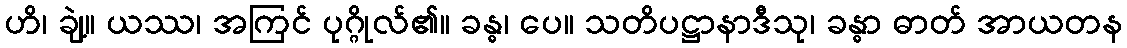
ဟိ၊ ချဲ့။ ယဿ၊ အကြင် ပုဂ္ဂိုလ်၏။ ခန္ဓ၊ ပေ။ သတိပဋ္ဌာနာဒီသု၊ ခန္ဓာ ဓာတ် အာယတန